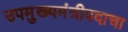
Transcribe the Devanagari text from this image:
उपमुख्यमंत्रीपदाचा